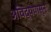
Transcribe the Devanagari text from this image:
अविद्येपासून